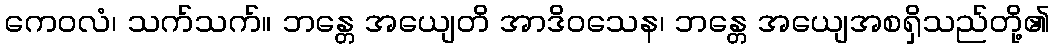
ကေဝလံ၊ သက်သက်။ ဘန္တေ အယျေတိ အာဒိဝသေန၊ ဘန္တေ အယျေအစရှိသည်တို့၏